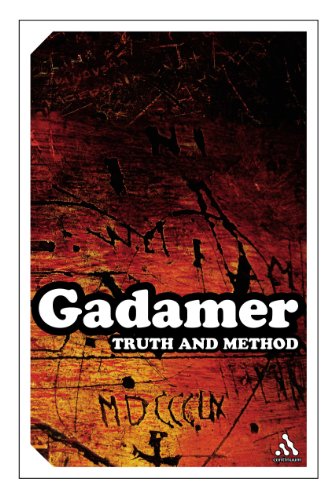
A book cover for Truth and Method (Continuum Impacts); Hans-Georg Gadamer; Politics & Social Sciences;